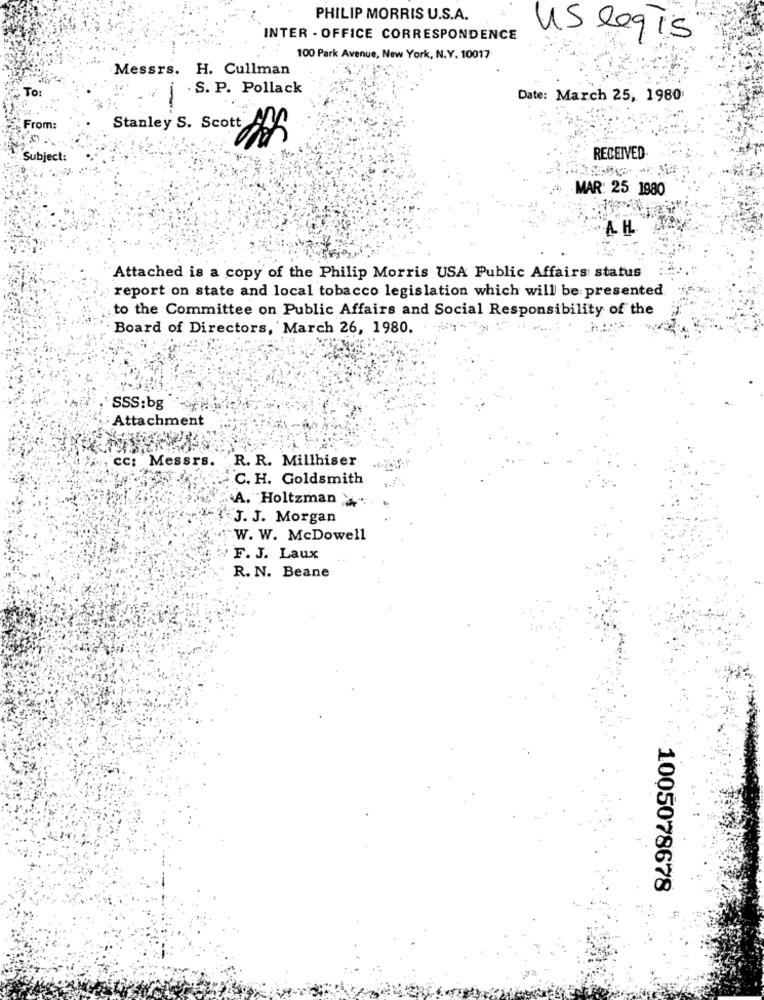
PHILIP MORRIS U.S.A.
INTER - OFFICE CORRESPONDENCE
us legis
100 Park Avenue, New York, N.Y. 10017
Messrs. H. Cullman
TO:
. S. P. Pollack
Date: March 25, 1980
--
From:
Stanley S. Scott 826
Subject:
RECEIVED.
MAR: 25 1980
Attached is a copy of the Philip Morris USA Public Affairs status
report on state and local tobacco legislation which will be presented
to the Committee on Public Affairs and Social Responsibility of the
Board of Directors, March 26, 1980.
SSS: bg
Attachment
cc: Messrs. R. R. Millhiser
C. H. Goldsmith
A. Holtzman +"
J. J. Morgan
W. W. McDowell
F. J. Laux
R. N. Beane
1005078678